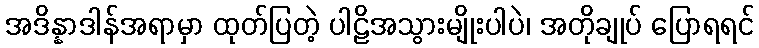
အဒိန္နာဒါန်အရာမှာ ထုတ်ပြတဲ့ ပါဠိအသွားမျိုးပါပဲ၊ အတိုချုပ် ပြောရရင်